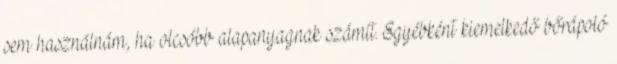
sem használnám, ha olcsóbb alapanyagnak számít. Egyébként kiemelkedő bőrápoló